Statistical return of the lunatic asylum in Assam - 1912-1932
Year: 1912
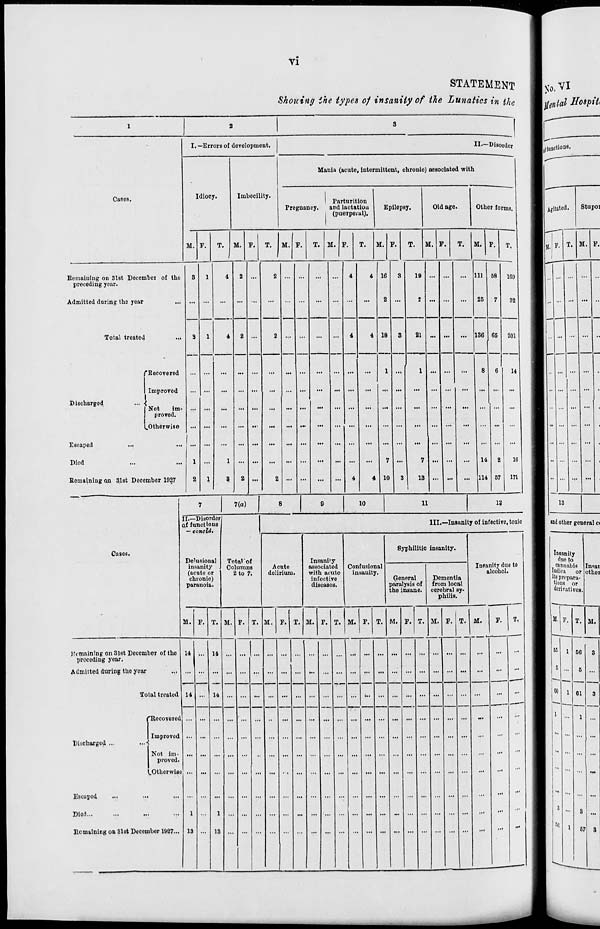
VI
STATEMENT
Shotting ihe types of insanity of Hie Lunatics in the
I. —Errors of development.
II.- Disorder
Mania (acute, intermittent, chronic) associated with
Cases.
Idiocy.
Imbecility.
Parturition
Pregnancy.
and lactation
I (puerporul).
Epilepsy.
Old age.
Other forms.
M. F.
T.
i
M. F.
T.
M. F.
T. M. F.
T.
M :. F.
T.
If. F.
T.
M. F.
T,
Remaining on 31st December of the
preceding year.
3
1
4
2 ...
2
...
4
4 16
3
19 ... ...
... Ill 58
169
Admitted during the year
3
1
4
2 ...
...
...
...
4
...
2 ...
18
S
2 ... ...
...
25
136
8
7
65
6
32
201
14
Total treated
2
4
21
1
... ...
...
"Becovered
...
...
...
...
... ...
...
1 ..,
... ...
...
Improved
... ...
...
... ...
...
...
... ...
...
.,. ...
...
... ...
...
... ...
...
Discharged.
... •
Not
im-
proved.
.Otherwise
... ...
...
...
...
...
...
...
...
...
... ... i "'
... ...
...
Escaped
L ... ... ... ... ... ...
... ...
...
...
... ...
...
... ...
...
Died
i ...
1 ... ...
...
...
... ...
...
7 ...
7 ... ...
...
14
2
16
Bcmaining an 31st December 1027
2
1
8
2 ...
2 ...
...
4
4 10
3
13
i
...
;'"
... 114 57
171
!
tl.-l
rffui
7
7(a)
8
9
10
11
1?
Disorderl
actions
III.—Insanity of infective, toxic
— conoid.
Cases.
Syphilitic insanity.
Dehisiona
insanity
(acute or
chronic)
paranoia.
1
Total'of
Columns
2 to 7.
Acute
delirium.
Insanity
associated
with acute
infective
diseases.
Confusional
insanity.
Insanity due to
alcohol.
General
paralysis of
the insane.
1
Dementia
from local
cerebral sy-
philis.
M. F. 1 '. M. F. T. M. F. T. M. F. T. M. F. T. M. F. T. M. F. T. M.
F.
T.
Remaining on 81st December of the
preceding year.
14 ... 1 4 ... ... ... ...
... ... ...
... ... ... ...
...
Admitted during the year
... ... .
... ... ...
... ... ... ...
... ... ... ... ... ...
...
...
...
Total treated 14 ... 1 4 ... ... ...
... ... ... ...
... ... ... ... ...
...
...
...
"Recovored ... ...
... ...
. ... ... ... ...
. ... ... ... ... ... ...
...
...
...
Discharged ...
Improved
Not im-
proved.
... ...
•••
...
...
...
...
...
...
(..Otherwise ... ...
... ... ... • . .. . ... ... ... ...
. ... ... ... ... ... ...
...
...
Escaped
...
...
... ...
... ... ...
. ... ... ... ...
. ... ... ... ... ... ...
...
...
...
Diod
1
1 ... ...
...
. ... ... ... ...
. -. ... ... ... ... ...
...
...
...
Remaining on 3lBt Decembor 1627... 13
13 ...
...
»nd other general ct